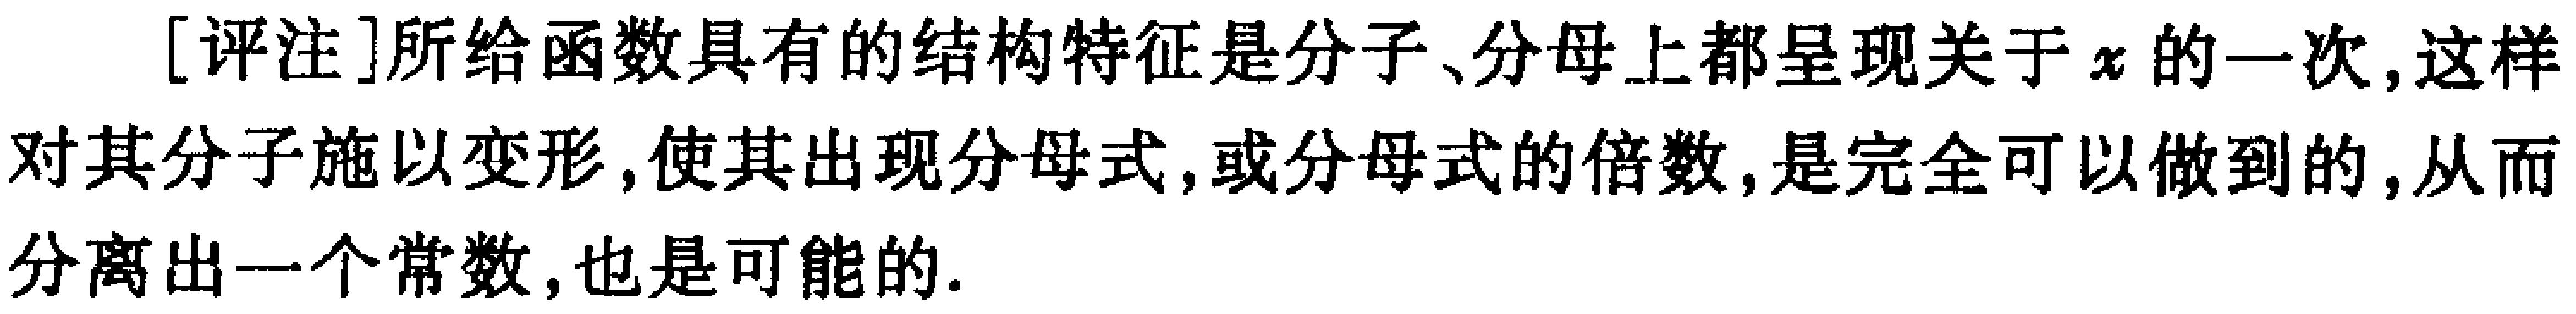
[评注]所给函数具有的结构特征是分子、分母上都呈现关于\(x\)的一次,这样对其分子施以变形,使其出现分母式,或分母式的倍数,是完全可以做到的,从而分离出一个常数,也是可能的.